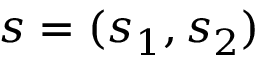
s = ( s _ { 1 } , s _ { 2 } )